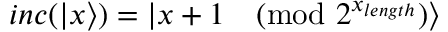
i n c ( | x \rangle ) = | x + 1 { \pmod { 2 ^ { x _ { l e n g t h } } } } \rangle